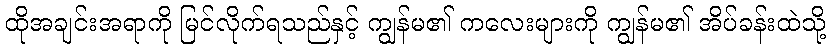
ထိုအချင်းအရာကို မြင်လိုက်ရသည်နှင့် ကျွန်မ၏ ကလေးများကို ကျွန်မ၏ အိပ်ခန်းထဲသို့